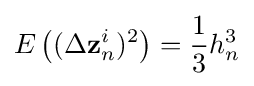
E\left((\Delta \mathbf {z} _{n}^{i})^{2}\right)={\frac {1}{3}}h_{n}^{3}